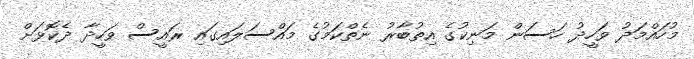
މުހައްމަދު ވަހީދު ހަސަން މަނިކުގެ އިތުބާރު ނެތްކަމުގެ މައްސަލައިގައި ރައީސް ވަހީދާ ދެކޮޅަށް